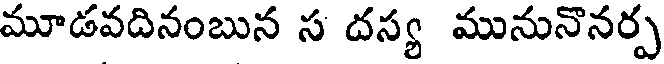
మూడవదినంబున స దస్య మునునొనర్ప